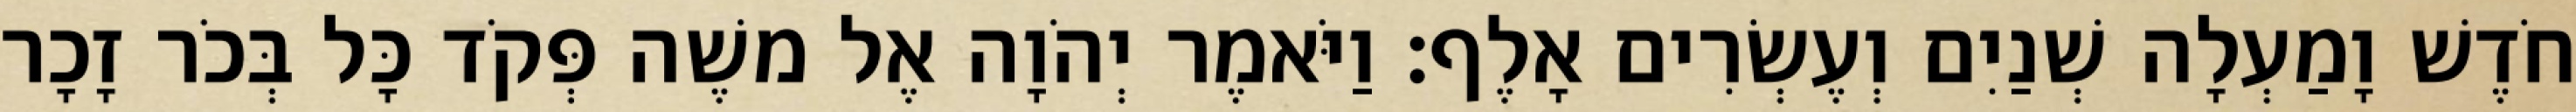
חֹדֶשׁ וָמַעְלָה שְׁנַיִם וְעֶשְׂרִים אָלֶף׃ וַיֹּאמֶר יְהֹוָה אֶל משֶׁה פְּקֹד כָּל בְּכֹר זָכָר